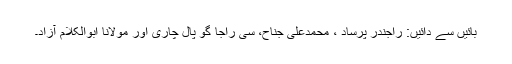
بائیں سے دائیں: راجندر پرساد ، محمدعلی جناح، سی راجا گو پال چاری اور مولانا ابوالکلام آزاد۔